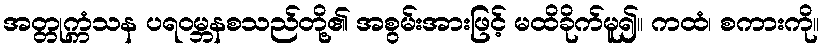
အတ္တုက္ကံသန ပရဝမ္ဘနစသည်တို့၏ အစွမ်းအားဖြင့် မထိခိုက်မူ၍။ ကထံ၊ စကားကို။